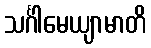
သင်္ဂါမေယျာမာတိ